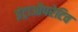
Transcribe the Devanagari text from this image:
इंट्राऔपरेटिव